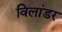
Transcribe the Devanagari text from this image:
विलांडर